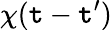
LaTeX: \chi(\mathtt{t}-\mathtt{t}^{\prime})